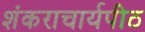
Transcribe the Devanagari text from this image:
शंकराचार्यपीठ